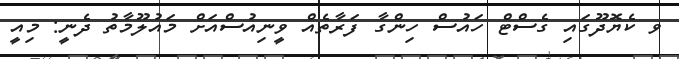
ވ ކެޔޮދޫގައި ގެސްޓް ހައުސް ހިންގާ ފަރާތެއް ވީނިއުސްއަށް މައުލޫމާތު ދެނީ: މިއީ